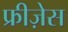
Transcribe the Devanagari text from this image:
फ्रीज़ेस